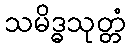
သမိဒ္ဓသုတ္တံ